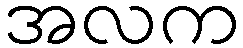
အလက